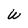
Character: W